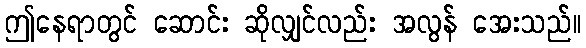
ဤနေရာတွင် ဆောင်း ဆိုလျှင်လည်း အလွန် အေးသည်။